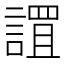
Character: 𮘬